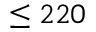
\leq 2 2 0